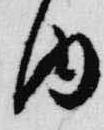
内